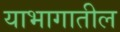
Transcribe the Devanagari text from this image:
याभागातील